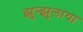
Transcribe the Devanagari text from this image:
झुन्झुलाया